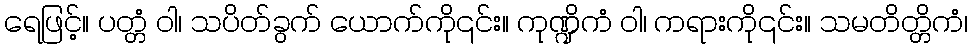
ရေဖြင့်။ ပတ္တံ ဝါ၊ သပိတ်ခွက် ယောက်ကို၎င်း။ ကုဏ္ဍိကံ ဝါ၊ ကရားကို၎င်း။ သမတိတ္တိကံ၊